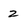
Character: 2